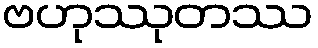
ဗဟုဿုတဿ